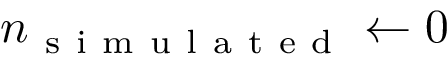
n _ { \mathrm { ~ s ~ i ~ m ~ u ~ l ~ a ~ t ~ e ~ d ~ } } \leftarrow 0